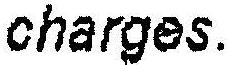
CHARGES.